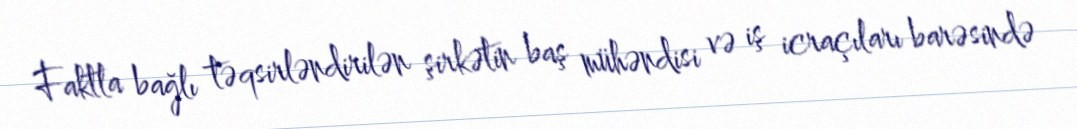
Faktla bağlı təqsirləndirilən şirkətin baş mühəndisi və iş icraçıları barəsində